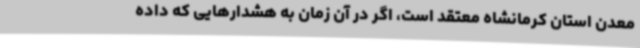
معدن استان کرمانشاه معتقد است، اگر در آن زمان به هشدارهایی که داده